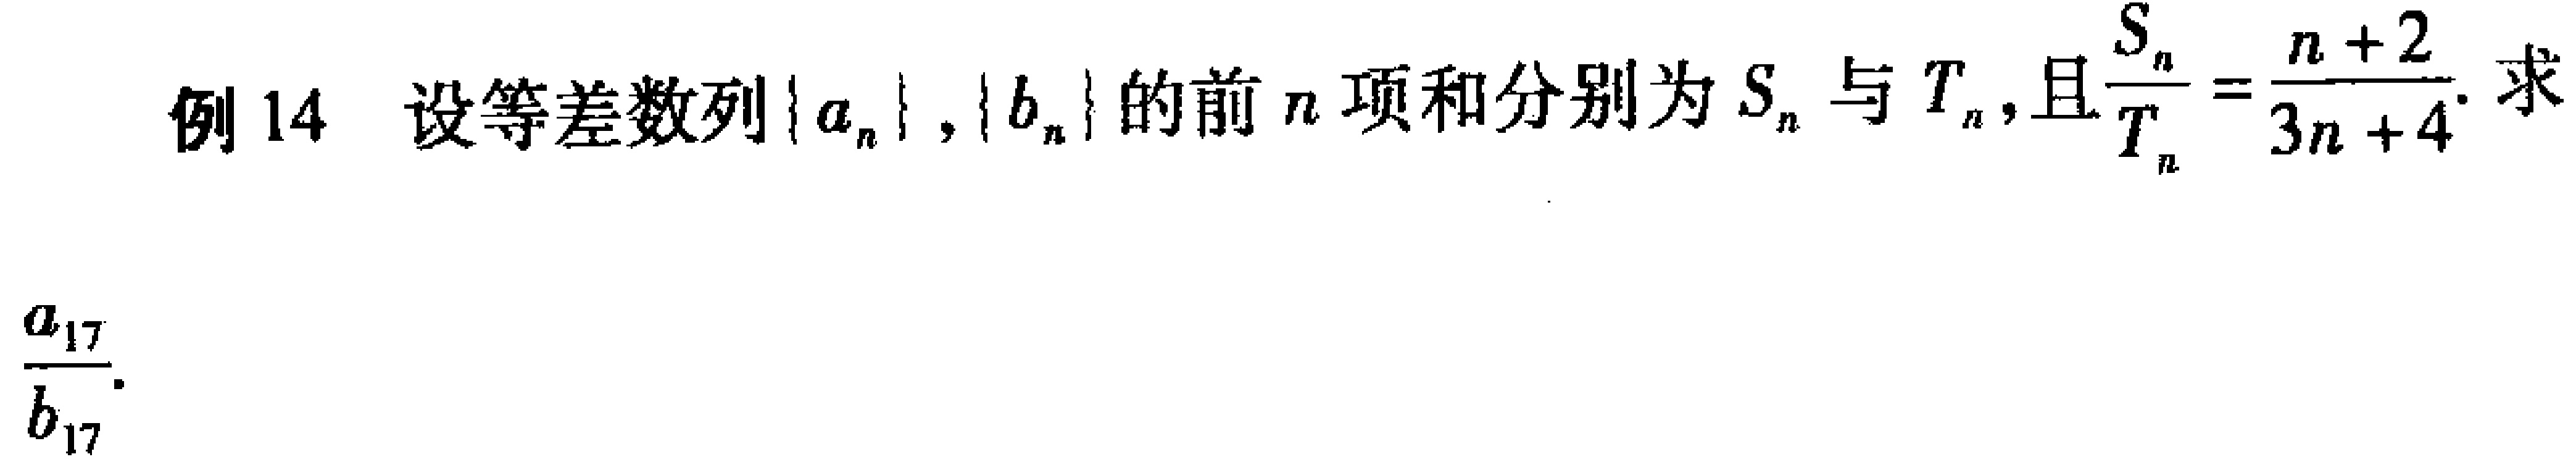
例 14 设等差数列\(\{a_{n}\}\)，\(\{b_{n}\}\)的前\(n\)项和分别为\(S_{n}\)与\(T_{n}\)，且\(\frac{S_{n}}{T_{n}} = \frac{n + 2}{3n + 4}\). 求\(\frac{a_{17}}{b_{17}}\).